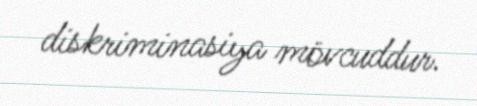
diskriminasiya mövcuddur.